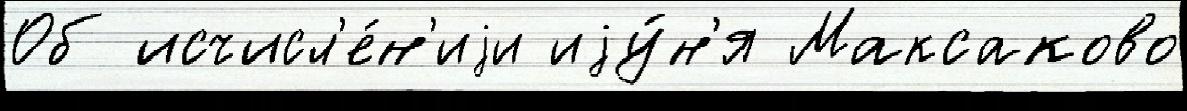
Об исчисл'е́н'иjи иjу́н'я Максаково